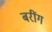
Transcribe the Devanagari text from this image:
बरींग